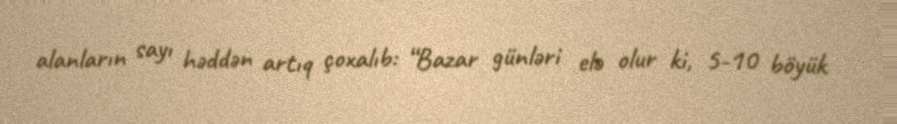
alanların sayı həddən artıq çoxalıb: “Bazar günləri elə olur ki, 5-10 böyük